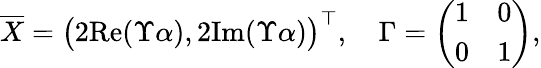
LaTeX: \begin{array}{r}{\overline{{X}}=\big(2\mathrm{{Re}}(\Upsilon\alpha),2\mathrm{{Im}}(\Upsilon\alpha)\big)^{\top},\quad\Gamma=\left(\begin{array}{ll}{1}&{0}\\ {0}&{1}\end{array}\right),}\end{array}